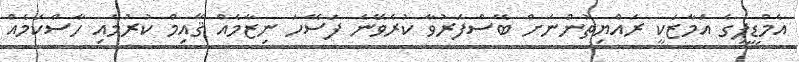
އެމްޑީޕީގެ އަމާޒަކީ ރައްޔިތުންނަށް ބޭސްފަރުވާ ކުރެވޭނެ ފަސޭހަ ނިޒާމެއް ޤާއިމް ކުރުމާއި ހާސްކަމެއް